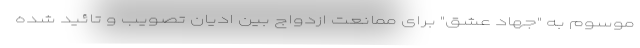
موسوم به "جهاد عشق" برای ممانعت ازدواج بین ادیان تصویب و تائید شده